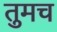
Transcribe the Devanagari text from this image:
तुमच